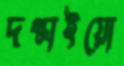
দগ্ধাইয়ো